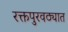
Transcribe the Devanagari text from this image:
रक्तपुरवठ्यात